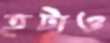
হটাও